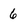
Character: 6